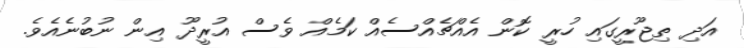
އަަދި ތިޖޫރީގައި ހުރީ ކޮން އެއްޗެއްސެއް ކަމެއް ވެސް އުރީދޫ އިން ނުބުނެއެވެ.